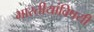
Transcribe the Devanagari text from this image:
भारतीयांविषयी